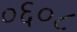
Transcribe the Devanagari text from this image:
०६०८